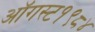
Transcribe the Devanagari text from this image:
ऑगस्ट१९८४